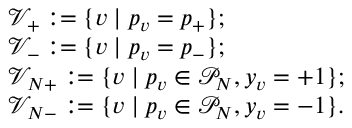
\begin{array} { r l } & { \mathcal { V } _ { + } : = \{ v \mid { \boldsymbol p } _ { v } = { \boldsymbol p } _ { + } \} ; } \\ & { \mathcal { V } _ { - } : = \{ v \mid { \boldsymbol p } _ { v } = { \boldsymbol p } _ { - } \} ; } \\ & { \mathcal { V } _ { N + } : = \{ v \mid { \boldsymbol p } _ { v } \in \mathcal { P } _ { N } , y _ { v } = + 1 \} ; } \\ & { \mathcal { V } _ { N - } : = \{ v \mid { \boldsymbol p } _ { v } \in \mathcal { P } _ { N } , y _ { v } = - 1 \} . } \end{array}